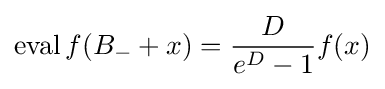
\operatorname {eval} f(B_{-}+x)={\frac {D}{e^{D}-1}}f(x)